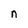
Character: n